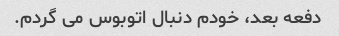
دفعه بعد، خودم دنبال اتوبوس می گردم.